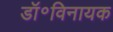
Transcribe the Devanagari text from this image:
डॉ॰विनायक